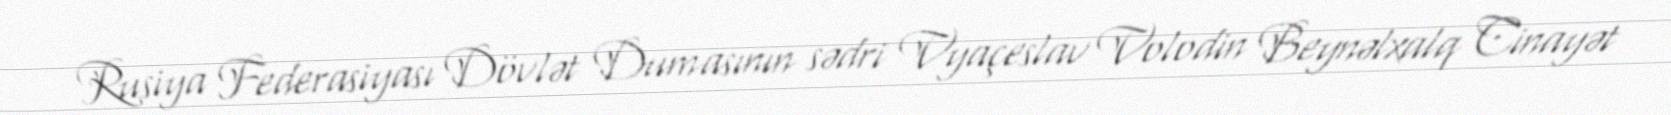
Rusiya Federasiyası Dövlət Dumasının sədri Vyaçeslav Volodin Beynəlxalq Cinayət